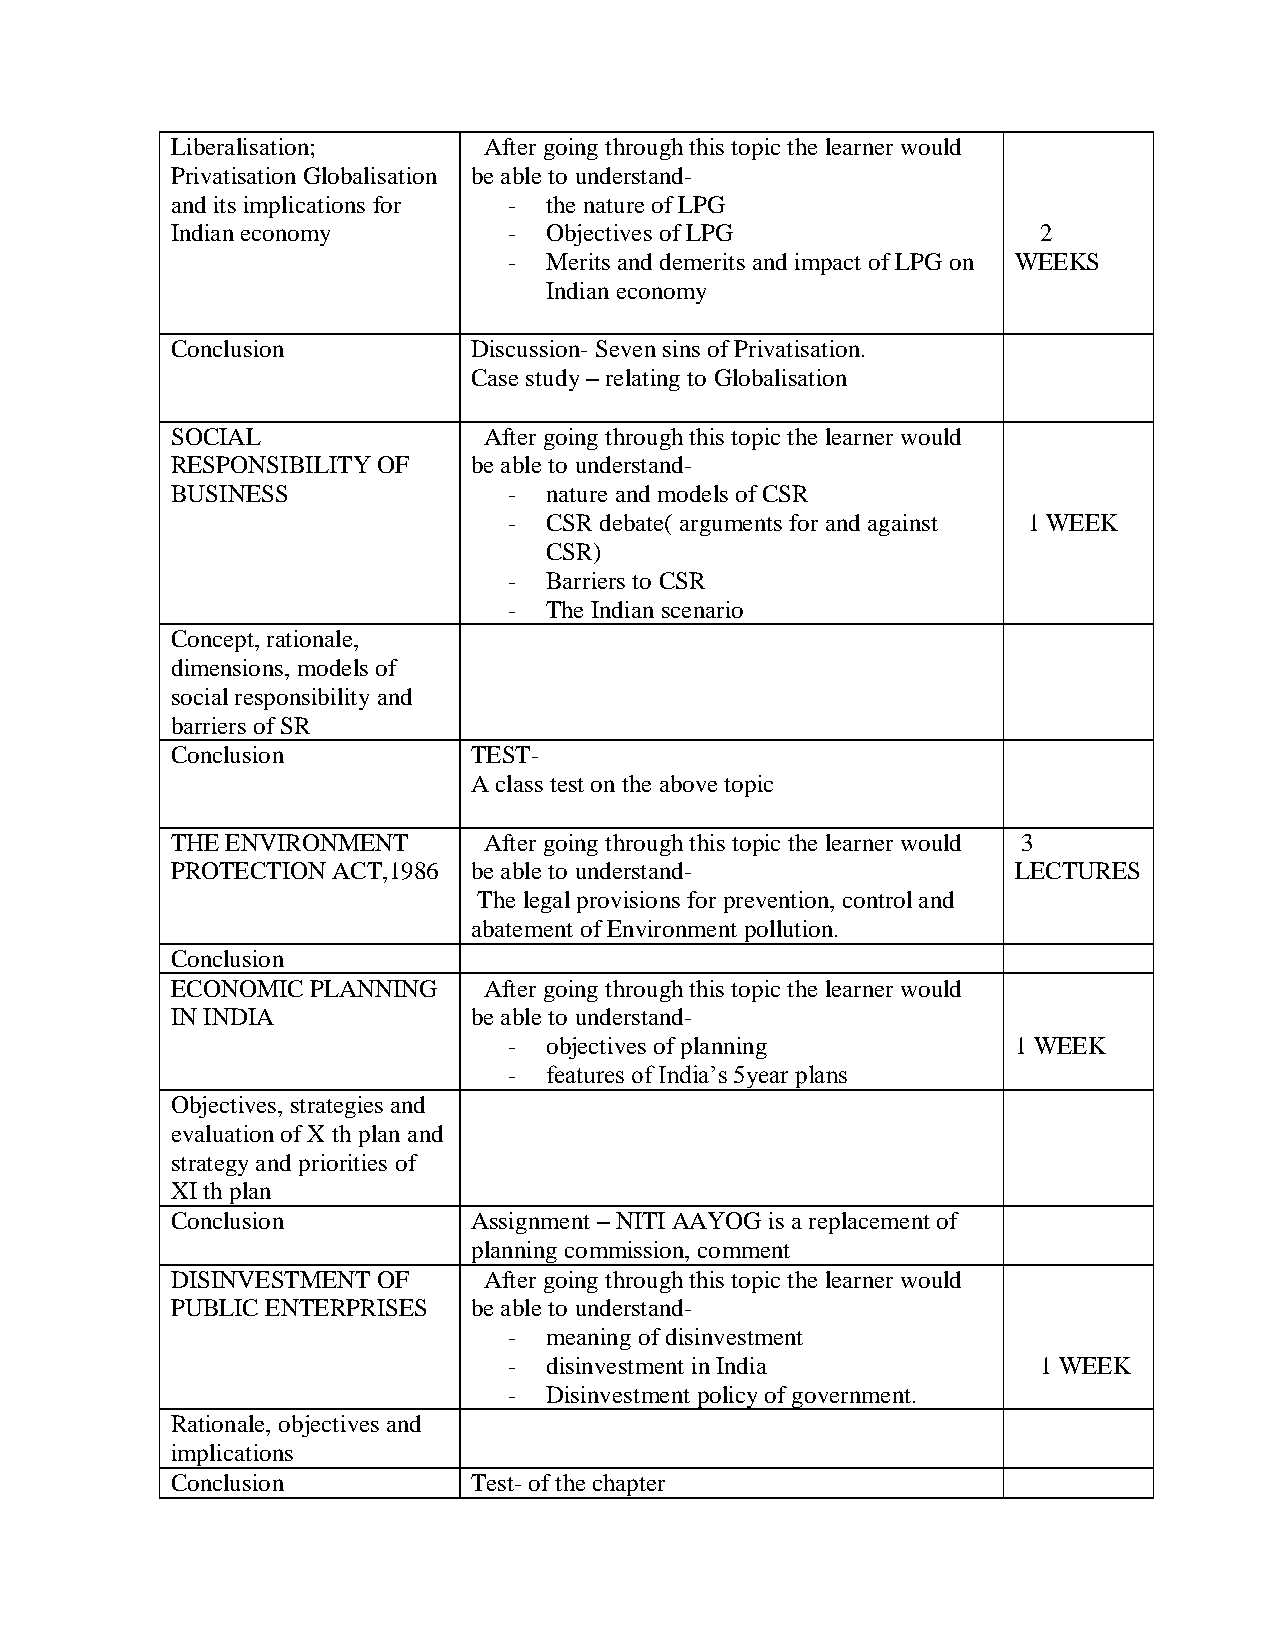
Liberalisation;      After going through this topic the learner would
 Privatisation Globalisation be able to understand-
 and its implications for - the nature of LPG
 Indian economy         - Objectives of LPG                2
 - Merits and demerits and impact of LPG on WEEKS
 Indian economy
 Conclusion          Discussion- Seven sins of Privatisation.
 Case study – relating to Globalisation
 SOCIAL               After going through this topic the learner would
 RESPONSIBILITY OF   be able to understand-
 BUSINESS               - nature and models of CSR
 - CSR debate( arguments for and against 1 WEEK
 CSR)
 - Barriers to CSR
 - The Indian scenario
 Concept, rationale,
 dimensions, models of
 social responsibility and
 barriers of SR
 Conclusion          TEST-
 A class test on the above topic
 THE ENVIRONMENT      After going through this topic the learner would 3
 PROTECTION ACT,1986 be able to understand-              LECTURES
 The legal provisions for prevention, control and
 abatement of Environment pollution.
 Conclusion
 ECONOMIC  PLANNING   After going through this topic the learner would
 IN INDIA            be able to understand-
 - objectives of planning         1 WEEK
 - features of India’s 5year plans
 Objectives, strategies and
 evaluation of X th plan and
 strategy and priorities of
 XI th plan
 Conclusion          Assignment – NITI AAYOG is a replacement of
 planning commission, comment
 DISINVESTMENT OF     After going through this topic the learner would
 PUBLIC ENTERPRISES  be able to understand-
 - meaning of disinvestment
 - disinvestment in India           1 WEEK
 - Disinvestment policy of government.
 Rationale, objectives and
 implications
 Conclusion          Test- of the chapter